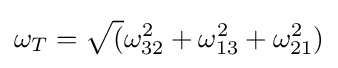
\omega _{T}={\sqrt {(}}\omega _{32}^{2}+\omega _{13}^{2}+\omega _{21}^{2})